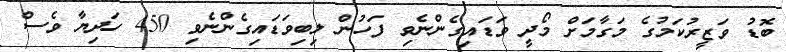
ބޮޑު ވަޒީރުކަމުގެ މަގާމަށް މޯދީ ވަޑައިގެންނެވި ފަހުން ލިބިވަޑައިގެންނެވި 450 ހަދިޔާ ވެސް